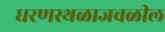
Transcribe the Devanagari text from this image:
धरणस्थळाजवळील